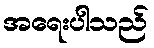
အရေးပါသည်